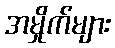
အမှိုက်များ